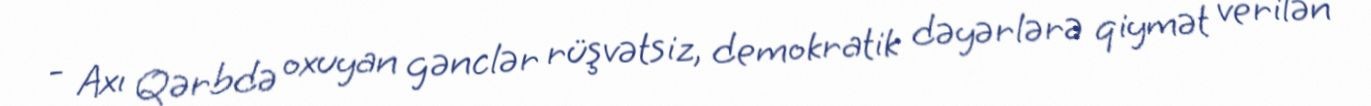
- Axı Qərbdə oxuyan gənclər rüşvətsiz, demokratik dəyərlərə qiymət verilən